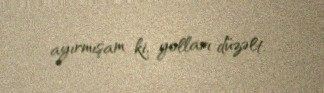
ayırmışam ki, yolları düzəlt.